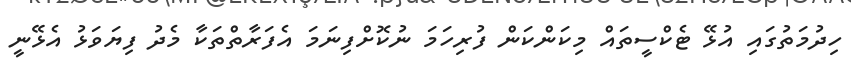
ހިދުމަތުގައި އުޅޭ ޓެކްސީތައް މިކަންކަން ފުރިހަމަ ނުކޮށްފިނަމަ އެފަރާތްތަކާ މެދު ފިޔަވަޅު އެޅޭނީ